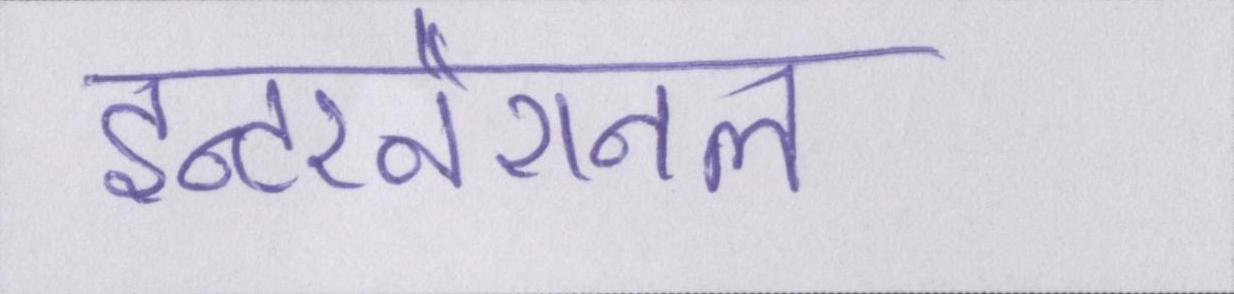
इन्टरनैशनल